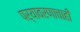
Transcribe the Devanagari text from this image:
पर्यावरणाचाही